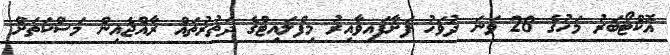
އޮކްޓޯބަރު މަހުގެ 28 ވަނަ ދުވަހު ފަށާފައިވާއިރު މިފްލައިޓްގެ ދަތުރުތައް ރާއްޖެއިން މަސްކަތަށް